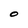
Character: O